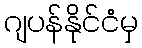
ဂျပန်နိုင်ငံမှ